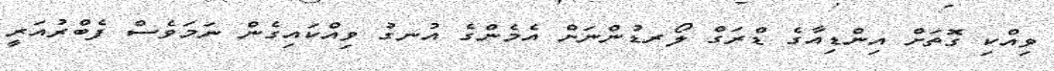
ވިއްކި ގޮތަށް އިންޑިއާގެ ޑްރަގް ލޯރޑުންނަށް އެމެންގެ އުނގު ވިއްކައިގެން ނަމަވެސް ފެބްރުއަރީ